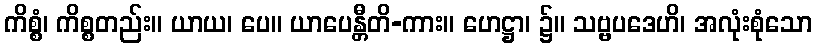
ကိစ္စံ၊ ကိစ္စတည်း။ ယာယ၊ ပေ။ ယာပေန္တီတိ-ကား။ ဟေဋ္ဌာ၊ ၌။ သဗ္ဗပဒေဟိ၊ အလုံးစုံသော